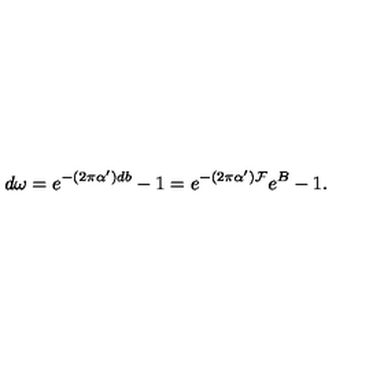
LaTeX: d \omega = e ^ { - ( 2 \pi \alpha ^ { \prime } ) d b } - 1 = e ^ { - ( 2 \pi \alpha ^ { \prime } ) { \cal F } } e ^ { B } - 1 .